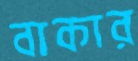
বাকার